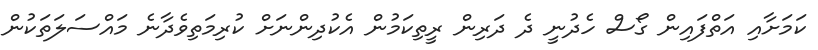
ކަމަށާއި އަތްފައިން ގޯސް ހެދުނީ ދެ ދަރިން ރީތިކަމުން އެކުދިންނަށް ކުރިމަތިވެދާނެ މައްސަލަތަކުން